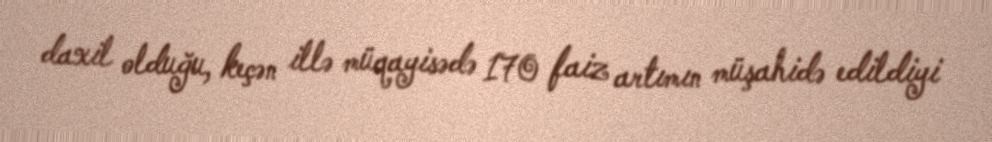
daxil olduğu, keçən illə müqayisədə 170 faiz artımın müşahidə edildiyi